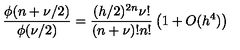
\frac { \phi ( n + \nu / 2 ) } { \phi ( \nu / 2 ) } = \frac { ( h / 2 ) ^ { 2 n } \nu ! } { ( n + \nu ) ! n ! } \left( 1 + O ( h ^ { 4 } ) \right)